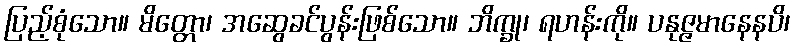
ပြည့်စုံသော။ မိတ္တော၊ အဆွေခင်ပွန်းဖြစ်သော။ ဘိက္ခု၊ ရဟန်းကို။ ပနုဇ္ဇမာနေနပိ၊